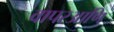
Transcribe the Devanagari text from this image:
वापरआणि